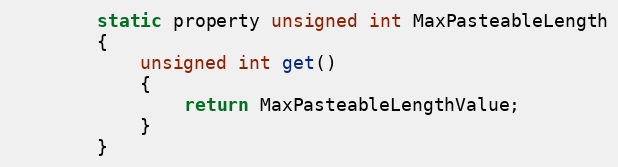
Language: C
        static property unsigned int MaxPasteableLength
        {
            unsigned int get()
            {
                return MaxPasteableLengthValue;
            }
        }